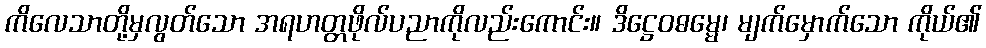
ကိလေသာတို့မှလွတ်သော အရဟတ္တဖိုလ်ပညာကိုလည်းကောင်း။ ဒိဋ္ဌေဝဓမ္မေ၊ မျက်မှောက်သော ကိုယ်၏